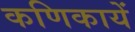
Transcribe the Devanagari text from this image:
कणिकायें